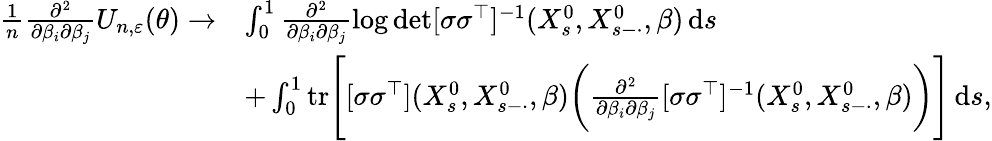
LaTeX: \begin{array}{rl}{\frac{1}{n}\frac{\partial^{2}}{\partial\beta_{i}\partial\beta_{j}}U_{n,\varepsilon}(\theta)\to}&{\int_{0}^{1}\frac{\partial^{2}}{\partial\beta_{i}\partial\beta_{j}}\log\operatorname*{det}[\sigma\sigma^{\top}]^{-1}(X_{s}^{0},X_{s-\cdot}^{0},\beta)\, \mathrm{d}s}\\ &{+\int_{0}^{1}\mathrm{tr}\Bigg[[\sigma\sigma^{\top}](X_{s}^{0},X_{s-\cdot}^{0},\beta)\bigg(\frac{\partial^{2}}{\partial\beta_{i}\partial\beta_{j}}[\sigma\sigma^{\top}]^{-1}(X_{s}^{0},X_{s-\cdot}^{0},\beta)\bigg)\Bigg]\, \mathrm{d}s,}\end{array}